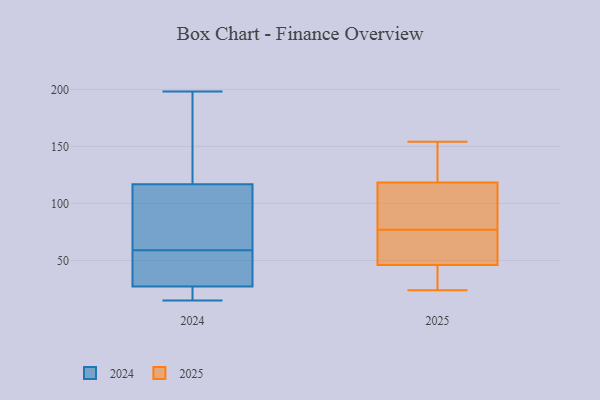
{"axis": {"x": "Backlog", "y": "Value"}, "legend": ["2024", "2025"], "data": [{"x": "", "y": 104, "type": "2024"}, {"x": "", "y": 93, "type": "2024"}, {"x": "", "y": 18, "type": "2024"}, {"x": "", "y": 152, "type": "2024"}, {"x": "", "y": 56, "type": "2024"}, {"x": "", "y": 39, "type": "2024"}, {"x": "", "y": 179, "type": "2024"}, {"x": "", "y": 198, "type": "2024"}, {"x": "", "y": 59, "type": "2024"}, {"x": "", "y": 26, "type": "2024"}, {"x": "", "y": 121, "type": "2024"}, {"x": "", "y": 15, "type": "2024"}, {"x": "", "y": 77, "type": "2024"}, {"x": "", "y": 31, "type": "2024"}, {"x": "", "y": 26, "type": "2024"}, {"x": "", "y": 106, "type": "2025"}, {"x": "", "y": 28, "type": "2025"}, {"x": "", "y": 154, "type": "2025"}, {"x": "", "y": 131, "type": "2025"}, {"x": "", "y": 55, "type": "2025"}, {"x": "", "y": 44, "type": "2025"}, {"x": "", "y": 52, "type": "2025"}, {"x": "", "y": 60, "type": "2025"}, {"x": "", "y": 93, "type": "2025"}, {"x": "", "y": 26, "type": "2025"}, {"x": "", "y": 77, "type": "2025"}, {"x": "", "y": 116, "type": "2025"}, {"x": "", "y": 119, "type": "2025"}, {"x": "", "y": 24, "type": "2025"}, {"x": "", "y": 129, "type": "2025"}]}